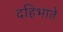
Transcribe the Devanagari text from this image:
दहिभाते